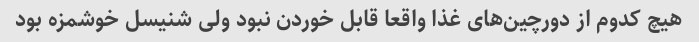
هیچ کدوم از دورچین‌های غذا واقعا قابل خوردن نبود ولی شنیسل خوشمزه بود